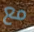
مع